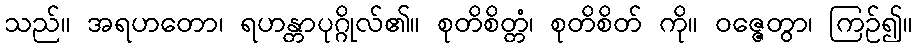
သည်။ အရဟတော၊ ရဟန္တာပုဂ္ဂိုလ်၏။ စုတိစိတ္တံ၊ စုတိစိတ် ကို။ ဝဇ္ဇေတွာ၊ ကြဉ်၍။